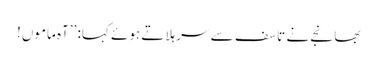
بھانجے نے تاسف سے سر ہلاتے ہوئے کہا: ’’آہ ماموں!